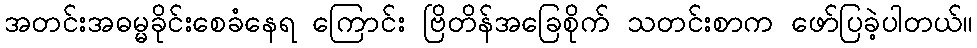
အတင်းအဓမ္မခိုင်းစေခံနေရ ကြောင်း ဗြိတိန်အခြေစိုက် သတင်းစာက ဖော်ပြခဲ့ပါတယ်။